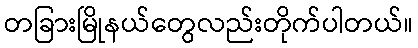
တခြားမြိုနယ်တွေလည်းတိုက်ပါတယ်။